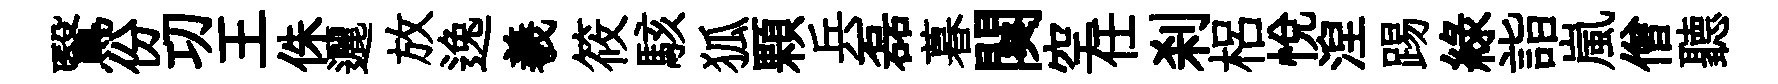
鷖份㓛王侏邐放逸羲筱駭狐顆兵磊暮闋空任刹梠悦湼踢綠詣嵐僧聽